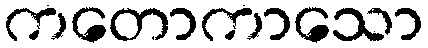
ကတောကာသော